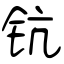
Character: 钪